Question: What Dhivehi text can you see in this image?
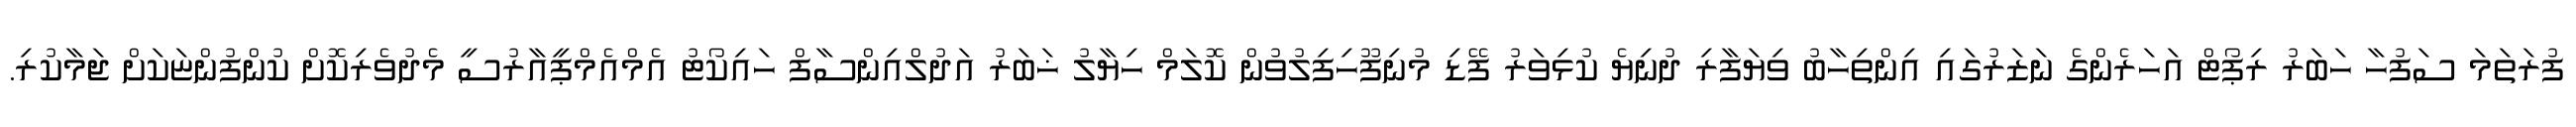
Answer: ފުރަތަމަ ސަފުހާ ހަބަރު ރިޕޯޓް އަހަރެންގެ ނަޒަރުގައި އިންތިހާބު ވިޔަފާރި ދުނިޔެ ކުޅިވަރު ފޭޑި މުނިފޫހިފިލުވުން ކޮލަމް ހިޔާލު ޚަބަރު އަދުލްއިންސާފް ހައިކޯޓު އެމްއެމްޕީއާރުސީ މެދުވެރިކޮށް ކުންފުންޏަކަށް ޖަމާކުރި.